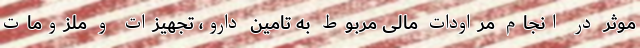
موثر در انجام مراودات مالی مربوط به تامین دارو، تجهیزات و ملزومات